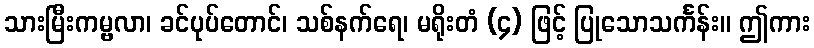
သားမြီးကမ္ဗလာ၊ ခင်ပုပ်တောင်၊ သစ်နက်ရေ၊ မရိုးတံ (၄) ဖြင့် ပြုသောသင်္ကန်း။ ဤကား